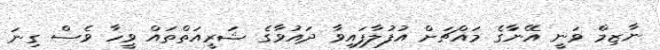
ނާޒިމް ވަނީ އޭނާގެ މައްޗަށް އުފުލާފައިވާ ދައުވާގެ ޝަރީއަތްތައް ވީހާ ވެސް ގިނަ